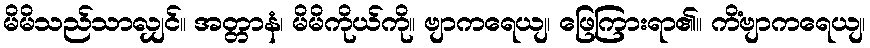
မိမိသည်သာလျှင်။ အတ္တာနံ၊ မိမိကိုယ်ကို။ ဗျာကရေယျ၊ ဖြေကြားရာ၏။ ကိံဗျာကရေယျ၊